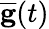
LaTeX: \overline{{\mathbf g}}(t)